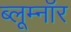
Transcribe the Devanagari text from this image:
ब्लूम्नॉर